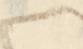
御